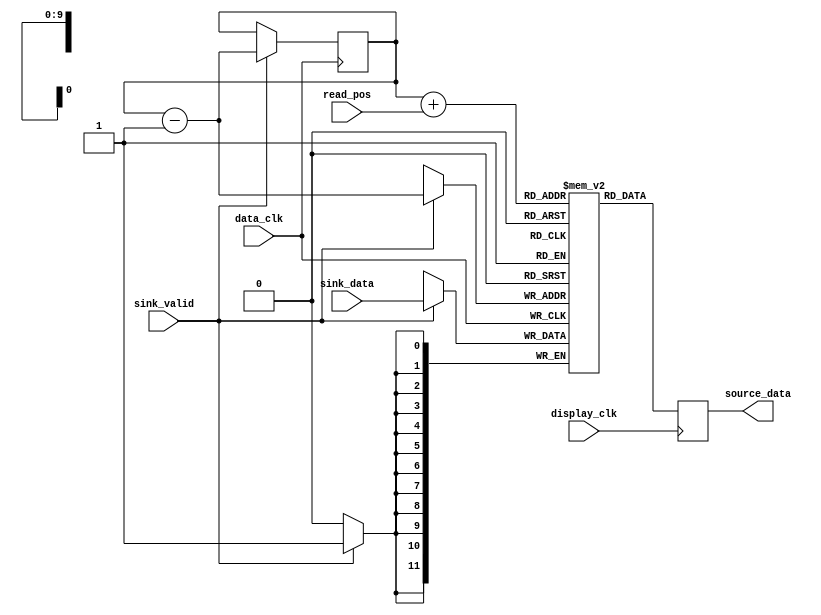
//
// Copyright (c) 2015 Thomas R. Murphy and Case Western Reserve University
// All Rights Reserved
//
// Developed by Thomas Russell Murphy (trm70) during employment as teaching
// assistant of EECS 301 at CWRU.
//
// THIS SOFTWARE IS PROVIDED BY THE COPYRIGHT HOLDERS AND CONTRIBUTORS ``AS IS''
// AND ANY EXPRESS OR IMPLIED WARRANTIES, INCLUDING, BUT NOT LIMITED TO, THE
// IMPLIED WARRANTIES OF MERCHANTABILITY AND FITNESS FOR A PARTICULAR PURPOSE ARE
// DISCLAIMED. IN NO EVENT SHALL THE COPYRIGHT HOLDER OR CONTRIBUTORS BE LIABLE FOR
// ANY DIRECT, INDIRECT, INCIDENTAL, SPECIAL, EXEMPLARY, OR CONSEQUENTIAL DAMAGES
// (INCLUDING, BUT NOT LIMITED TO, PROCUREMENT OF SUBSTITUTE GOODS OR SERVICES;
// LOSS OF USE, DATA, OR PROFITS; OR BUSINESS INTERRUPTION) HOWEVER CAUSED AND ON
// ANY THEORY OF LIABILITY, WHETHER IN CONTRACT, STRICT LIABILITY, OR TORT
// (INCLUDING NEGLIGENCE OR OTHERWISE) ARISING IN ANY WAY OUT OF THE USE OF THIS
// SOFTWARE, EVEN IF ADVISED OF THE POSSIBILITY OF SUCH DAMAGE.
//

module scrolling_buffer
       (
           input data_clk, display_clk,
           input [ 11: 0 ] sink_data,
           input sink_valid,
           input [ 9: 0 ] read_pos,
           output reg [ 11: 0 ] source_data
       );
//

reg [ 9: 0 ] top_pixel; // virtual zero-index for scrolling
reg [ 11: 0 ] ram [ 1023: 0 ]; // 12-bit data, 10-bit address RAM

// This will synthesize a two-clock RAM with undefined read-on-write behavior

// Write-side behavior
always @( posedge data_clk ) begin
    // When a new sample arrives for the buffer, make in the new 'top' of the buffer
    if ( sink_valid ) begin
        ram[ top_pixel - 1'b1 ] <= sink_data;
        top_pixel <= top_pixel - 1'b1;
    end
    else begin
        top_pixel <= top_pixel;
    end
end

// Read-side behavior
always @( posedge display_clk ) begin
    // Read out the desired position in the buffer
    source_data <= ram[ top_pixel + read_pos ];
end

endmodule